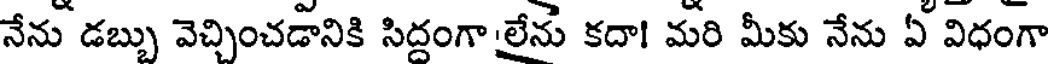
నేను డబ్బు వెచ్చించడానికి సిద్దంగా లేను కదా! మరి మీకు నేను ఏ విధంగా